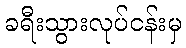
ခရီးသွားလုပ်ငန်းမှ